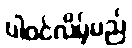
ပါဝင်လိမ့်မည်